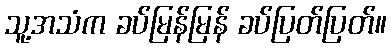
သူ့အသံက ခပ်မြန်မြန် ခပ်ပြတ်ပြတ်။